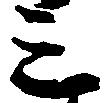
三